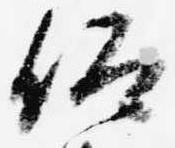
仰